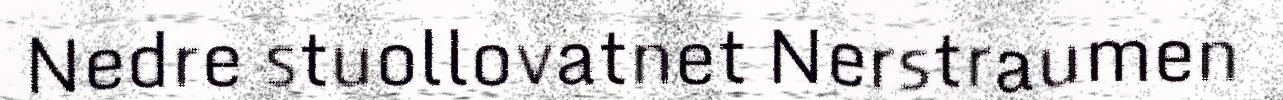
Nedre stuollovatnet Nerstraumen